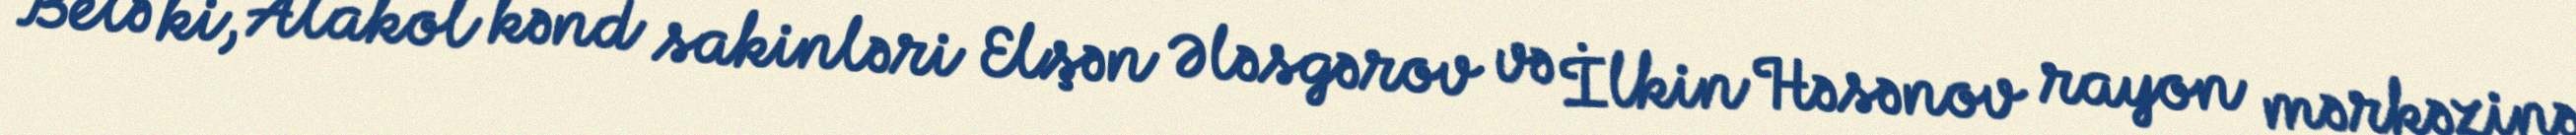
Belə ki, Alakol kənd sakinləri Elşən Ələsgərov və İlkin Həsənov rayon mərkəzinə